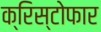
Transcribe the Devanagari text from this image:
क्रिस्टोफार